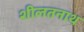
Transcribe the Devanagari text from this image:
शीलतनाथ